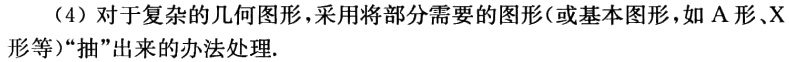
（4）对于复杂的几何图形，采用将部分需要的图形(或基本图形，如 A 形、X 形等)“抽”出来的办法处理.